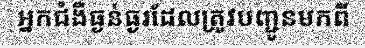
អ្នកជំងឺធ្ងន់ធ្ងរដែលត្រូវបញ្ជូនមកពី